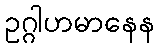
ဥဂ္ဂါဟမာနေန